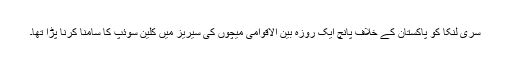
سری لنکا کو پاکستان کے خلاف پانچ ایک روزہ بین الاقوامی میچوں کی سیریز میں کلین سوئپ کا سامنا کرنا پڑا تھا۔